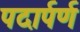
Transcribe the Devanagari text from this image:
पदार्पर्ण